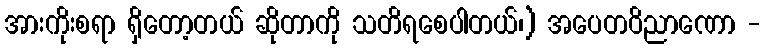
အားကိုးစရာ ရှိတော့တယ် ဆိုတာကို သတိရစေပါတယ်၊) အပေတဝိညာဏော -